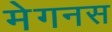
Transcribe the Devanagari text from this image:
मेगनस